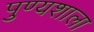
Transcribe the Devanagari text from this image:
पुण्यशाला